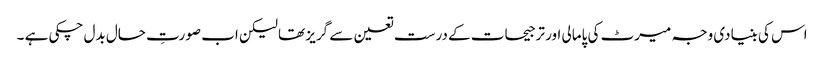
اس کی بنیادی وجہ میرٹ کی پامالی اور ترجیحات کے درست تعین سے گریز تھا لیکن اب صورتِ حال بدل چکی ہے ۔